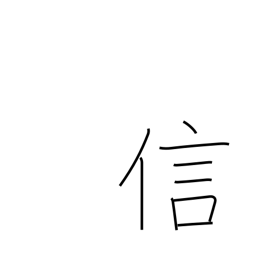
Meaning: fidelity